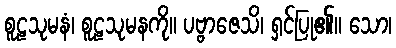
စူဠသုမနံ၊ စူဠသုမနကို။ ပဗ္ဗာဇေသိ၊ ရှင်ပြု၏။ သော၊